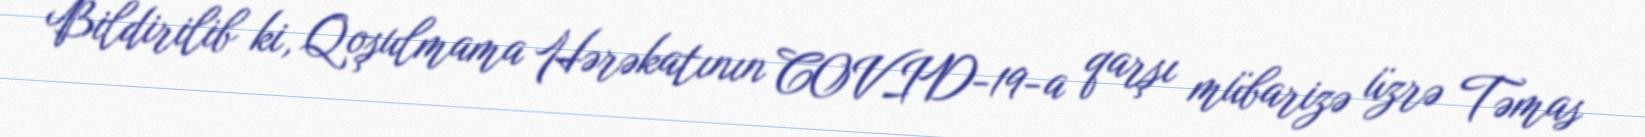
Bildirilib ki, Qoşulmama Hərəkatının COVID-19-a qarşı mübarizə üzrə Təmas